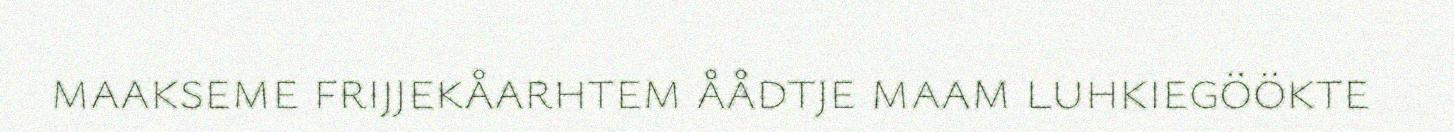
maakseme frijjekåarhtem åådtje maam luhkiegöökte